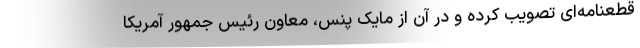
قطعنامه‌ای تصویب کرده و در آن از مایک پنس، معاون رئیس جمهور آمریکا